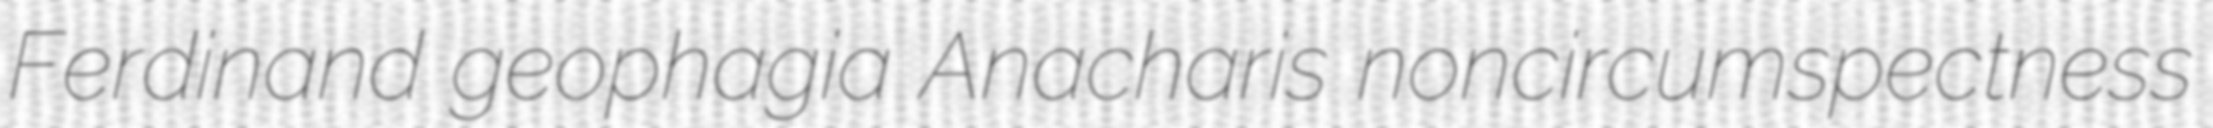
Ferdinand geophagia Anacharis noncircumspectness